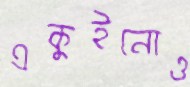
একুইনোও